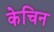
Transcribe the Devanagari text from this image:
केचिन